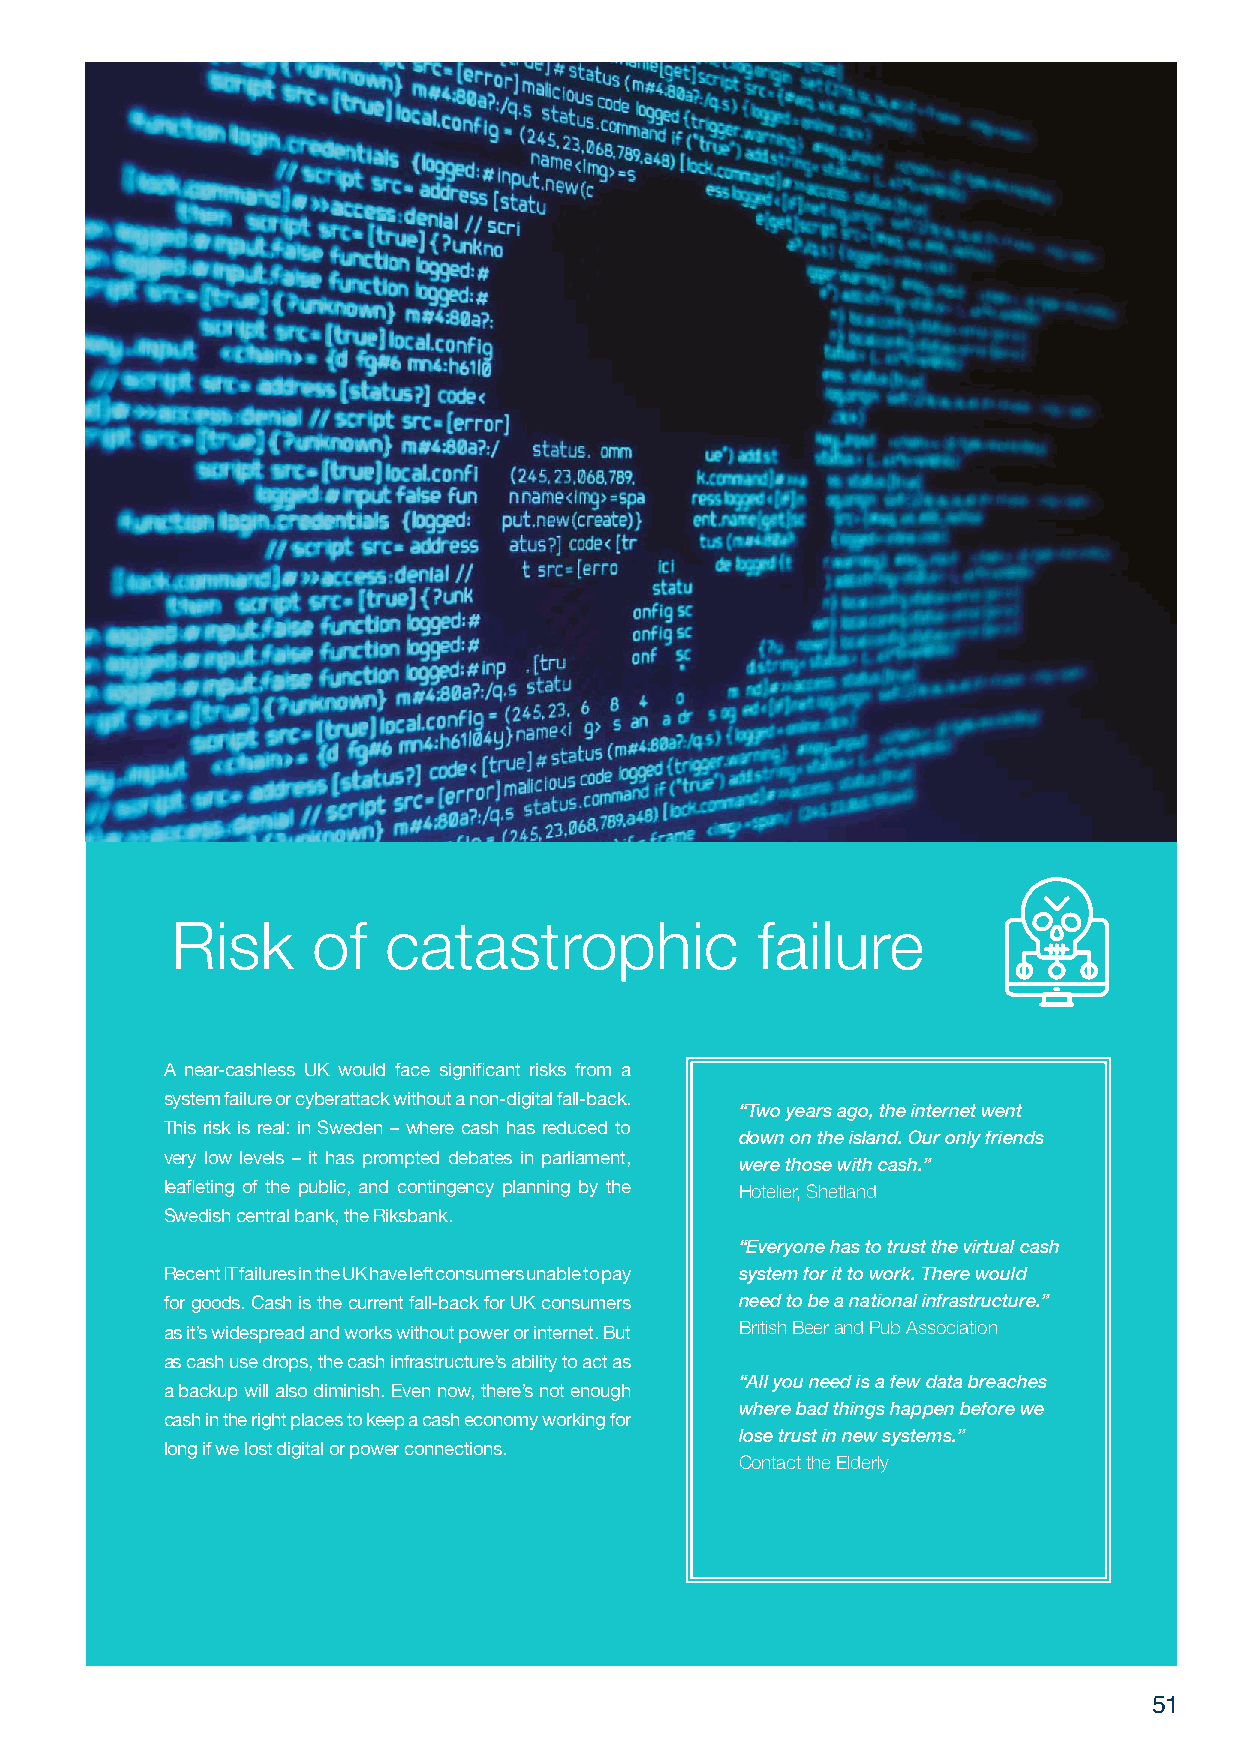
Risk      of  catastrophic             failure
 A near-cashless UK would face significant risks from a
 system failure or cyberattack without a non-digital fall-back.
 “Two years ago, the internet went
 This risk is real: in Sweden – where cash has reduced to
 down on the island. Our only friends
 very low levels – it has prompted debates in parliament, were those with cash.”
 leafleting of the public, and contingency planning by the Hotelier, Shetland
 Swedish central bank, the Riksbank.
 “Everyone has to trust the virtual cash
 Recent IT failures in the UK have left consumers unable to pay system for it to work. There would
 for goods. Cash is the current fall-back for UK consumers need to be a national infrastructure.”
 British Beer and Pub Association
 as it’s widespread and works without power or internet. But
 as cash use drops, the cash infrastructure’s ability to act as
 “All you need is a few data breaches
 a backup will also diminish. Even now, there’s not enough
 where bad things happen before we
 cash in the right places to keep a cash economy working for
 lose trust in new systems.”
 long if we lost digital or power connections.
 Contact the Elderly
 51